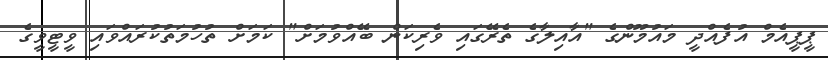
ޕީޕީއެމް އުފެއްދީ މައުމޫންގެ "އާއިލާގެ ތެރޭގައި ވެރިކަން ބޭއްވުމަށް" ކަމަށް ތުހުމަތުކުރައްވައި ވީޓީވީގެ